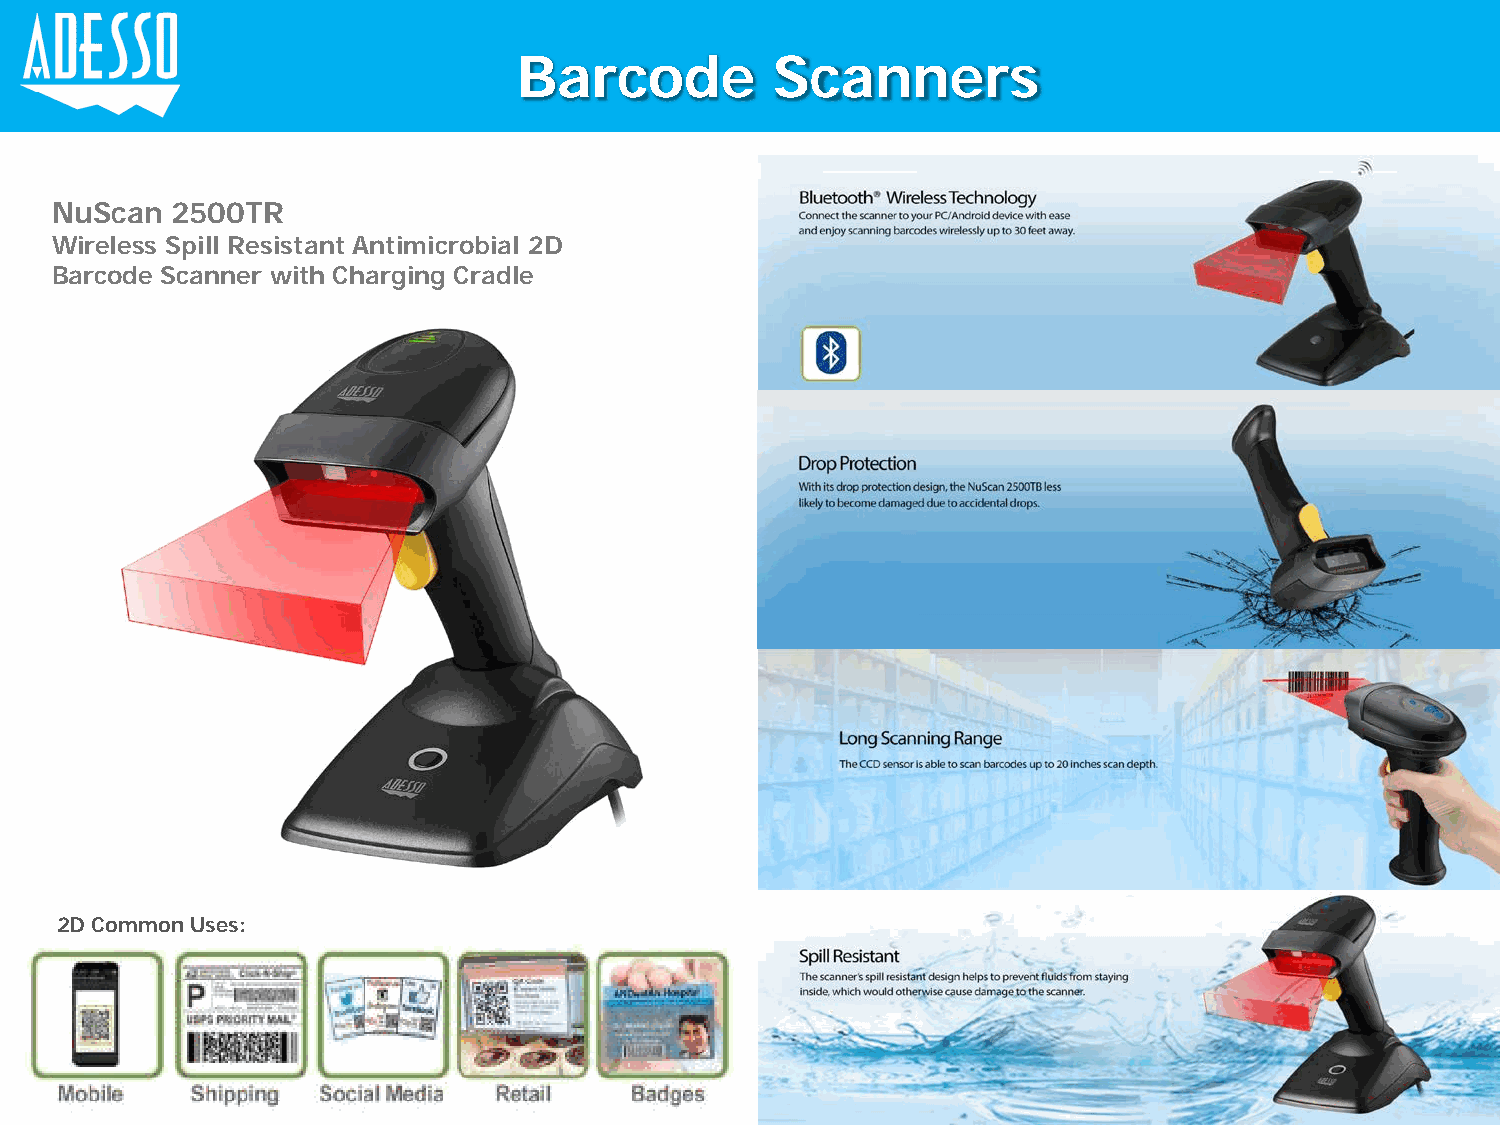
Barcode          Scanners
 NuScan  2500TR
 Wireless Spill Resistant Antimicrobial 2D
 Barcode Scanner with Charging Cradle
 2D Common Uses: